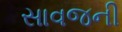
સાવજની